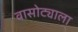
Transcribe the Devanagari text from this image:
वासोट्याला